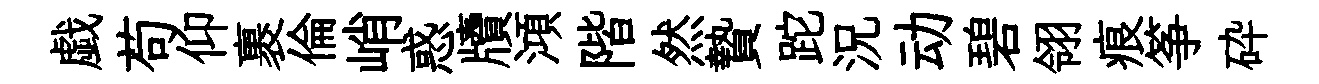
戯苟仰裹倫峭惑牘澒階然贄跎況动碧翎痕筝砕